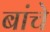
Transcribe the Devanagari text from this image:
बांचे